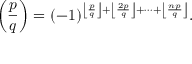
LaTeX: \left( { \frac { p } { q } } \right) = ( - 1 ) ^ { \left\lfloor { \frac { p } { q } } \right\rfloor + \left\lfloor { \frac { 2 p } { q } } \right\rfloor + \dots + \left\lfloor { \frac { n p } { q } } \right\rfloor } .